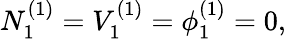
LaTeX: N_{1}^{(1)}=V_{1}^{(1)}=\phi_{1}^{(1)}=0,